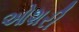
ઓશરી